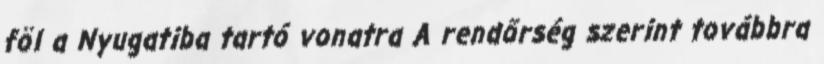
föl a Nyugatiba tartó vonatra A rendőrség szerint továbbra